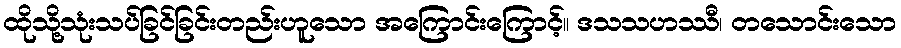
ထိုသို့သုံးသပ်ခြင်ခြင်းတည်းဟူသော အကြောင်းကြောင့်။ ဒသသဟဿီ၊ တသောင်းသော